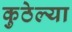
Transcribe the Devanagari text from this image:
कुठेल्या